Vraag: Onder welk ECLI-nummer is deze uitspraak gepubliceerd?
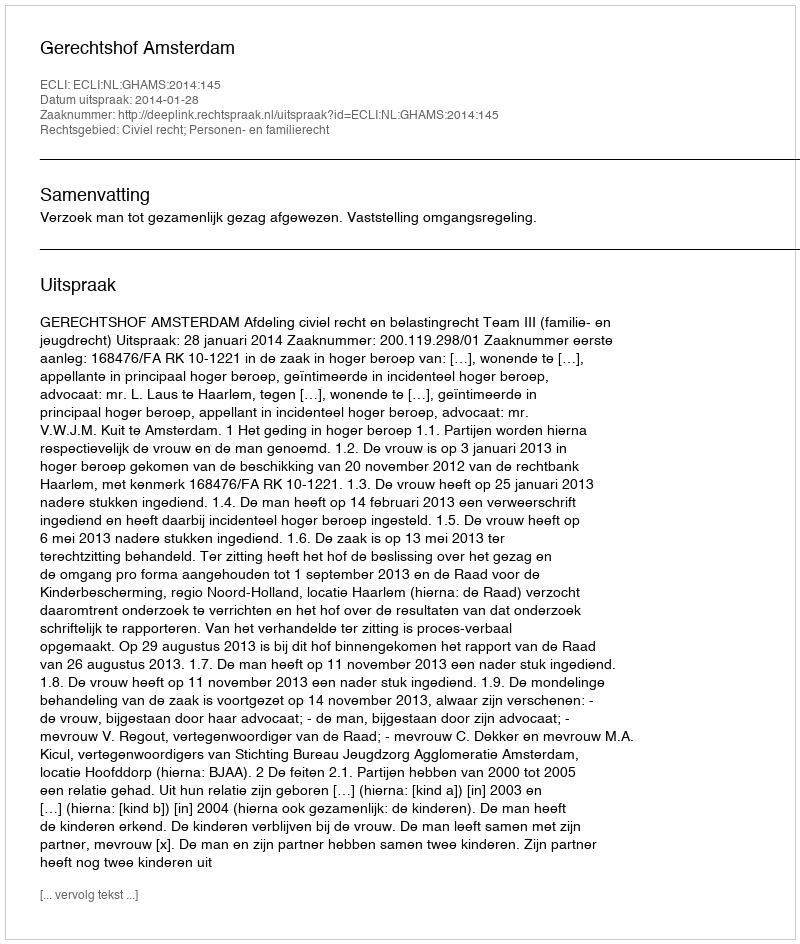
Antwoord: ECLI:NL:GHAMS:2014:145